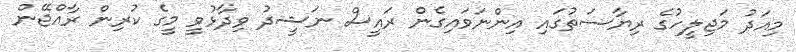
މިއަދު މަޖިލީހުގެ ރިޔާސަތުގައި އިންނަވައިގެން ރައީސް ނަޝީދު ވިދާޅުވީ މީގެ ކުރިން ރާއްޖޭން